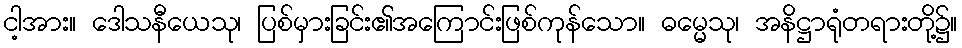
ငါ့အား။ ဒေါသနီယေသု၊ ပြစ်မှားခြင်း၏အကြောင်းဖြစ်ကုန်သော။ ဓမ္မေသု၊ အနိဋ္ဌာရုံတရားတို့၌။